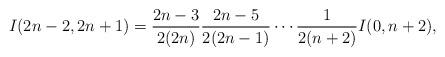
LaTeX: \begin{align*}I(2n-2,2n+1)=\frac{2n-3}{2(2n)} \frac{2n-5}{2(2n-1)}\cdots\frac{1}{2(n+2)}I(0,n+2),\end{align*}